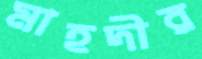
মাহদীর